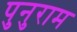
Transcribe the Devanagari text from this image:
पुनुराम